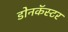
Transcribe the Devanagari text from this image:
डोनकॅस्टर